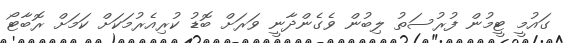
ގައުމީ ޓީމުން ފުރުސަތު ލިބުން ވެގެންދާނީ ވަރަށް ބޮޑު ކުރިއެރުމަކަށް ކަމަށް ރޮބާޓޯ